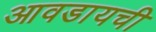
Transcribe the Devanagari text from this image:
आवडायची